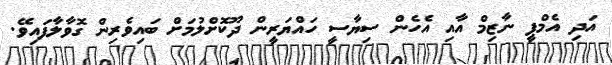
އަދި އެމްޕީ ނާޒިމް އާއި އެހެން ސިޔާސީ ހައްޔަރީން ދޫކޮށްލުމަށް ބައިވެރިން ގޮވާލާފައިވޭ.